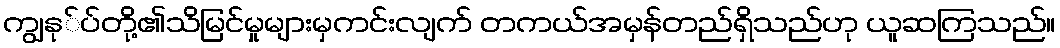
ကျွနု်ပ်တို့၏သိမြင်မှုများမှကင်းလျက် တကယ်အမှန်တည်ရှိသည်ဟု ယူဆကြသည်။